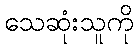
သေဆုံးသူကို